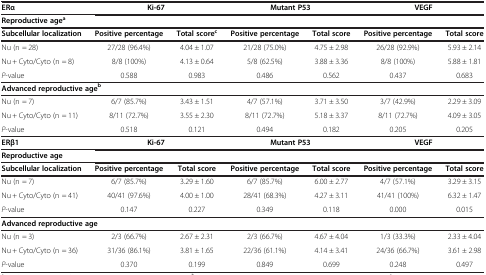
<table><thead><tr><td><b>ERα</b></td><td colspan="2"><b>Ki-67</b></td><td colspan="2"><b>Mutant P53</b></td><td colspan="2"><b>VEGF</b></td></tr></thead><tbody><tr><td colspan="7"><b>Reproductive age</b><sup><b>a</b></sup></td></tr><tr><td><b>Subcellular localization</b></td><td><b>Positive percentage</b></td><td><b>Total score</b><sup><b>c</b></sup></td><td><b>Positive percentage</b></td><td><b>Total score</b></td><td><b>Positive percentage</b></td><td><b>Total score</b></td></tr><tr><td>Nu (n = 28)</td><td>27/28 (96.4%)</td><td>4.04 ± 1.07</td><td>21/28 (75.0%)</td><td>4.75 ± 2.98</td><td>26/28 (92.9%)</td><td>5.93 ± 2.14</td></tr><tr><td>Nu + Cyto/Cyto (n = 8)</td><td>8/8 (100%)</td><td>4.13 ± 0.64</td><td>5/8 (62.5%)</td><td>3.88 ± 3.36</td><td>8/8 (100%)</td><td>5.88 ± 1.81</td></tr><tr><td><i>P</i>-value</td><td>0.588</td><td>0.983</td><td>0.486</td><td>0.562</td><td>0.437</td><td>0.683</td></tr><tr><td colspan="7"><b>Advanced reproductive age</b><sup><b>b</b></sup></td></tr><tr><td>Nu (n = 7)</td><td>6/7 (85.7%)</td><td>3.43 ± 1.51</td><td>4/7 (57.1%)</td><td>3.71 ± 3.50</td><td>3/7 (42.9%)</td><td>2.29 ± 3.09</td></tr><tr><td>Nu + Cyto/Cyto (n = 11)</td><td>8/11 (72.7%)</td><td>3.55 ± 2.30</td><td>8/11 (72.7%)</td><td>5.18 ± 3.37</td><td>8/11 (72.7%)</td><td>4.09 ± 3.05</td></tr><tr><td><i>P</i>-value</td><td>0.518</td><td>0.121</td><td>0.494</td><td>0.182</td><td>0.205</td><td>0.205</td></tr><tr><td><b>ERβ1</b></td><td colspan="2"><b>Ki-67</b></td><td colspan="2"><b>Mutant P53</b></td><td colspan="2"><b>VEGF</b></td></tr><tr><td><b>Reproductive age</b></td><td> </td><td> </td><td> </td><td> </td><td> </td><td> </td></tr><tr><td><b>Subcellular localization</b></td><td><b>Positive percentage</b></td><td><b>Total score</b></td><td><b>Positive percentage</b></td><td><b>Total score</b></td><td><b>Positive percentage</b></td><td><b>Total score</b></td></tr><tr><td>Nu (n = 7)</td><td>6/7 (85.7%)</td><td>3.29 ± 1.60</td><td>6/7 (85.7%)</td><td>6.00 ± 2.77</td><td>4/7 (57.1%)</td><td>3.29 ± 3.15</td></tr><tr><td>Nu + Cyto/Cyto (n = 41)</td><td>40/41 (97.6%)</td><td>4.00 ± 1.00</td><td>28/41 (68.3%)</td><td>4.27 ± 3.11</td><td>41/41 (100%)</td><td>6.32 ± 1.47</td></tr><tr><td><i>P</i>-value</td><td>0.147</td><td>0.227</td><td>0.349</td><td>0.118</td><td>0.000</td><td>0.015</td></tr><tr><td colspan="7"><b>Advanced reproductive age</b></td></tr><tr><td>Nu (n = 3)</td><td>2/3 (66.7%)</td><td>2.67 ± 2.31</td><td>2/3 (66.7%)</td><td>4.67 ± 4.04</td><td>1/3 (33.3%)</td><td>2.33 ± 4.04</td></tr><tr><td>Nu + Cyto/Cyto (n = 36)</td><td>31/36 (86.1%)</td><td>3.81 ± 1.65</td><td>22/36 (61.1%)</td><td>4.14 ± 3.41</td><td>24/36 (66.7%)</td><td>3.61 ± 2.98</td></tr><tr><td><i>P</i>-value</td><td>0.370</td><td>0.199</td><td>0.849</td><td>0.699</td><td>0.248</td><td>0.497</td></tr></tbody></table>